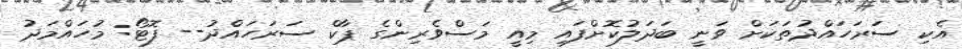
އެކި ސަރަހައްދުތަކަށް ވަނީ ބަދަލުކޮށްފައި މިއީ މަސްވެރިންގެ ޕާކް ސަރަހައްދު-- ފޮޓޯ: މުހައްމަދު